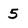
Character: 5